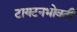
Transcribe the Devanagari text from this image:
टायटनभोवती